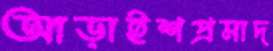
আড়াইশপ্রসাদ